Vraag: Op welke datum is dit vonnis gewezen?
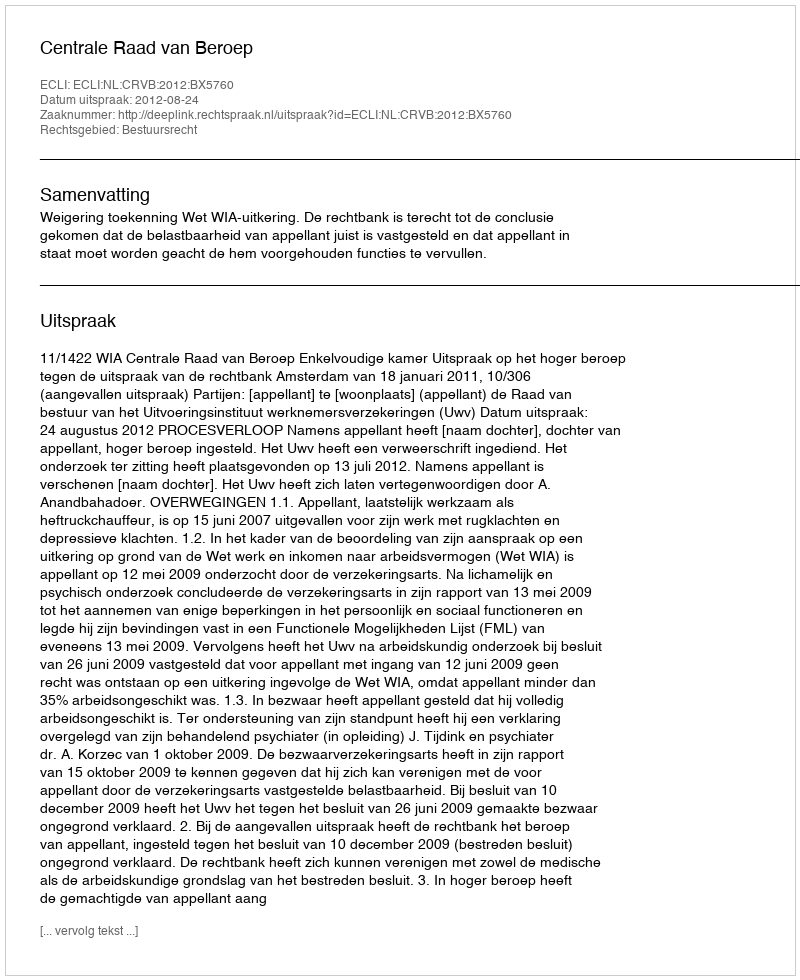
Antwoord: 2012-08-24